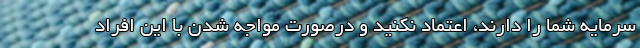
سرمایه شما را دارند، اعتماد نکنید و درصورت مواجه شدن با این افراد